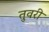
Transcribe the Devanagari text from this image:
तुवरी